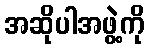
အဆိုပါအဖွဲ့ကို